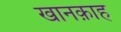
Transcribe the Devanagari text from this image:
खानक़ाह